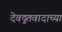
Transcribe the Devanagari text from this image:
देवदूतवादाच्या